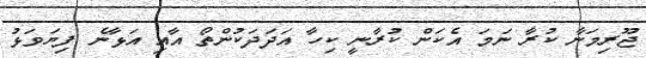
ޖޫރިމަނާ ކުރާ ނަމަ އެކަން ކުރާނީ ކިހާ އަދަދަކުންތޯ އާއި އަޅާނެ ފިޔަވަޅު